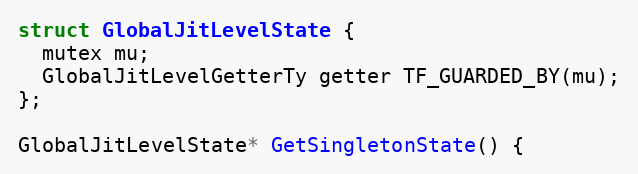
Language: C++
struct GlobalJitLevelState {
  mutex mu;
  GlobalJitLevelGetterTy getter TF_GUARDED_BY(mu);
};

GlobalJitLevelState* GetSingletonState() {